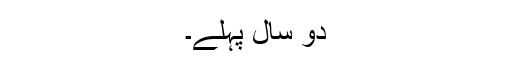
دو سال پہلے۔